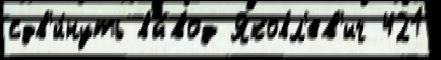
сдв'и́нуть вы́вод Яковл'ев'ич 421